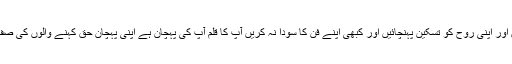
کتابیں پڑھیں اور اپنی روح کو تسکین پہنچائیں اور کبھی اپنے فن کا سودا نہ کریں آپ کا قلم آپ کی پہچان ہے اپنی پہچان حق کہنے والوں کی صف میں بنائیں۔